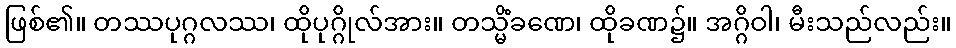
ဖြစ်၏။ တဿပုဂ္ဂလဿ၊ ထိုပုဂ္ဂိုလ်အား။ တသ္မိံခဏေ၊ ထိုခဏ၌။ အဂ္ဂိဝါ၊ မီးသည်လည်း။